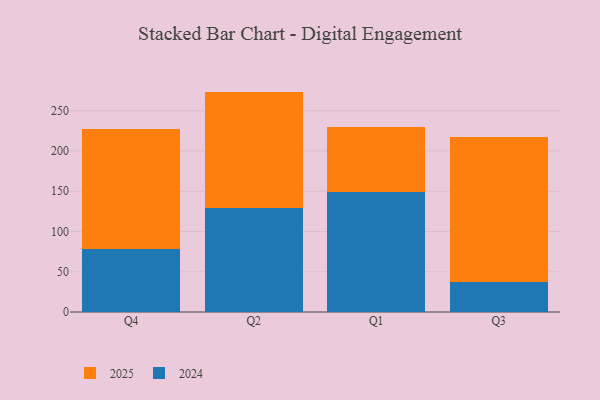
{"axis": {"x": "Quarter", "y": "Backlog"}, "legend": ["2024", "2025"], "data": [{"x": "Q4", "y": 78.1, "type": "2024"}, {"x": "Q4", "y": 149.1, "type": "2025"}, {"x": "Q2", "y": 129.7, "type": "2024"}, {"x": "Q2", "y": 144.1, "type": "2025"}, {"x": "Q1", "y": 149.5, "type": "2024"}, {"x": "Q1", "y": 79.8, "type": "2025"}, {"x": "Q3", "y": 37.8, "type": "2024"}, {"x": "Q3", "y": 179.5, "type": "2025"}]}